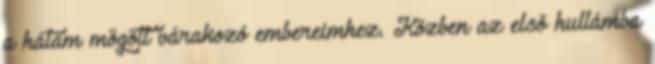
a hátam mögött várakozó embereimhez. Közben az első hullámba